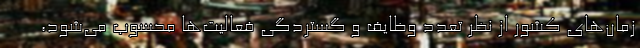
زمان‌های کشور از نظر تعدد وظایف و گستردگی فعالیت‌ها محسوب می‌شود،